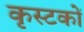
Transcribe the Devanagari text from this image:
कृस्टकों